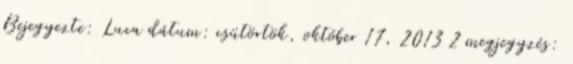
Bejegyezte: Luca dátum: csütörtök, október 17, 2013 2 megjegyzés: